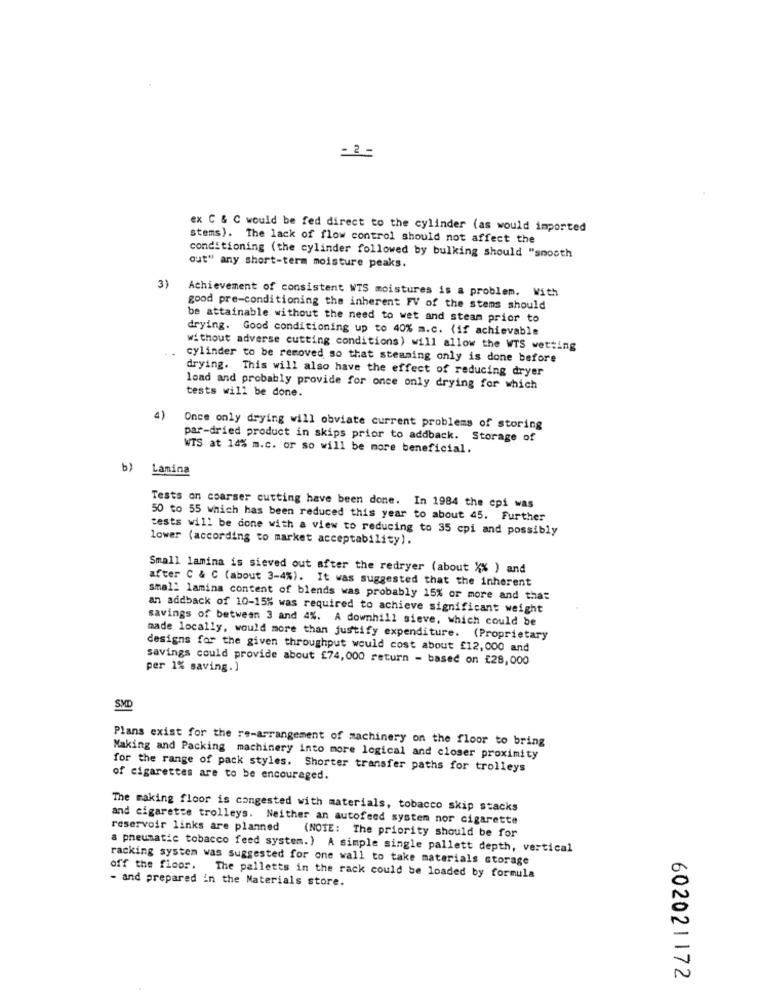
- 2 -
ex C & C would be fed direct to the cylinder (as would imported
stems). The lack of flow control should not affect the
conditioning (the cylinder followed by bulking should "smooth
out" any short-term moisture peaks.
3)
Achievement of consistent WTS moistures is a problem. With
good pre-conditioning the inherent FV of the stems should
be attainable without the need to wet and steam prior to
drying. Good conditioning up to 40% m.c. {if achievable
without adverse cutting conditions) will allow the WTS wetting
-.
cylinder to be removed so that stemming only is done before
drying. This will also have the effect of reducing dryer
lond and probably provide for once only drying for which
tests will be done.
4)
Once only drying will obviate current problems of storing
par-dried product in skips prior to addback. Storage of
WTS at 14% m.c. or so will be more beneficial.
b)
Lamina
Tests on coarser cutting have been done. In 1984 the cpi was
50 to 55 which has been reduced this year to about 45. Further
tests will be done with a view to reducing to 35 cpi and possibly
lower (according to market acceptability).
Small lamina is sieved out after the redryer (about X% ) and
after C & C (about 3-4%). It was suggested that the inherent
small lamina content of blends was probably 15% or more and that
an addback of 10-15% was required to achieve significant weight
savings of between 3 and 4%. A downhill sieve, which could be
made locally, would more than justify expenditure. (Proprietary
designs for the given throughput would cost about £12,000 and
savings could provide about £74,000 return - based on £28,000
per 1% saving.]
SMD
Plans exist for the re-arrangement of machinery on the floor to bring
Making and Packing machinery into more logical and closer proximity
for the range of pack styles. Shorter transfer paths for trolleys
of cigarettes are to be encouraged.
The making floor is congested with materials, tobacco skip stacks
and cigarette trolleys. Neither an autofeed system nor cigarette
reservoir links are planned
(NOTE: The priority should be for
a pneumatic tobacco feed system.) A simple single pallett depth, vertical
racking system was suggested for one wall to take materials storage
off the floor. The palletts in the rack could be loaded by formula
- and prepared in the Materials store.
602021172